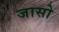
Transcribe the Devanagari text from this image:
जासो